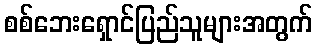
စစ်ဘေးရှောင်ပြည်သူများအတွက်